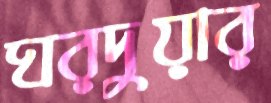
ঘরদুয়ার